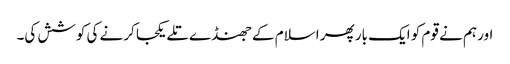
اور ہم نے قوم کو ایک بار پھر اسلام کے جھنڈے تلے یکجا کرنے کی کوشش کی۔